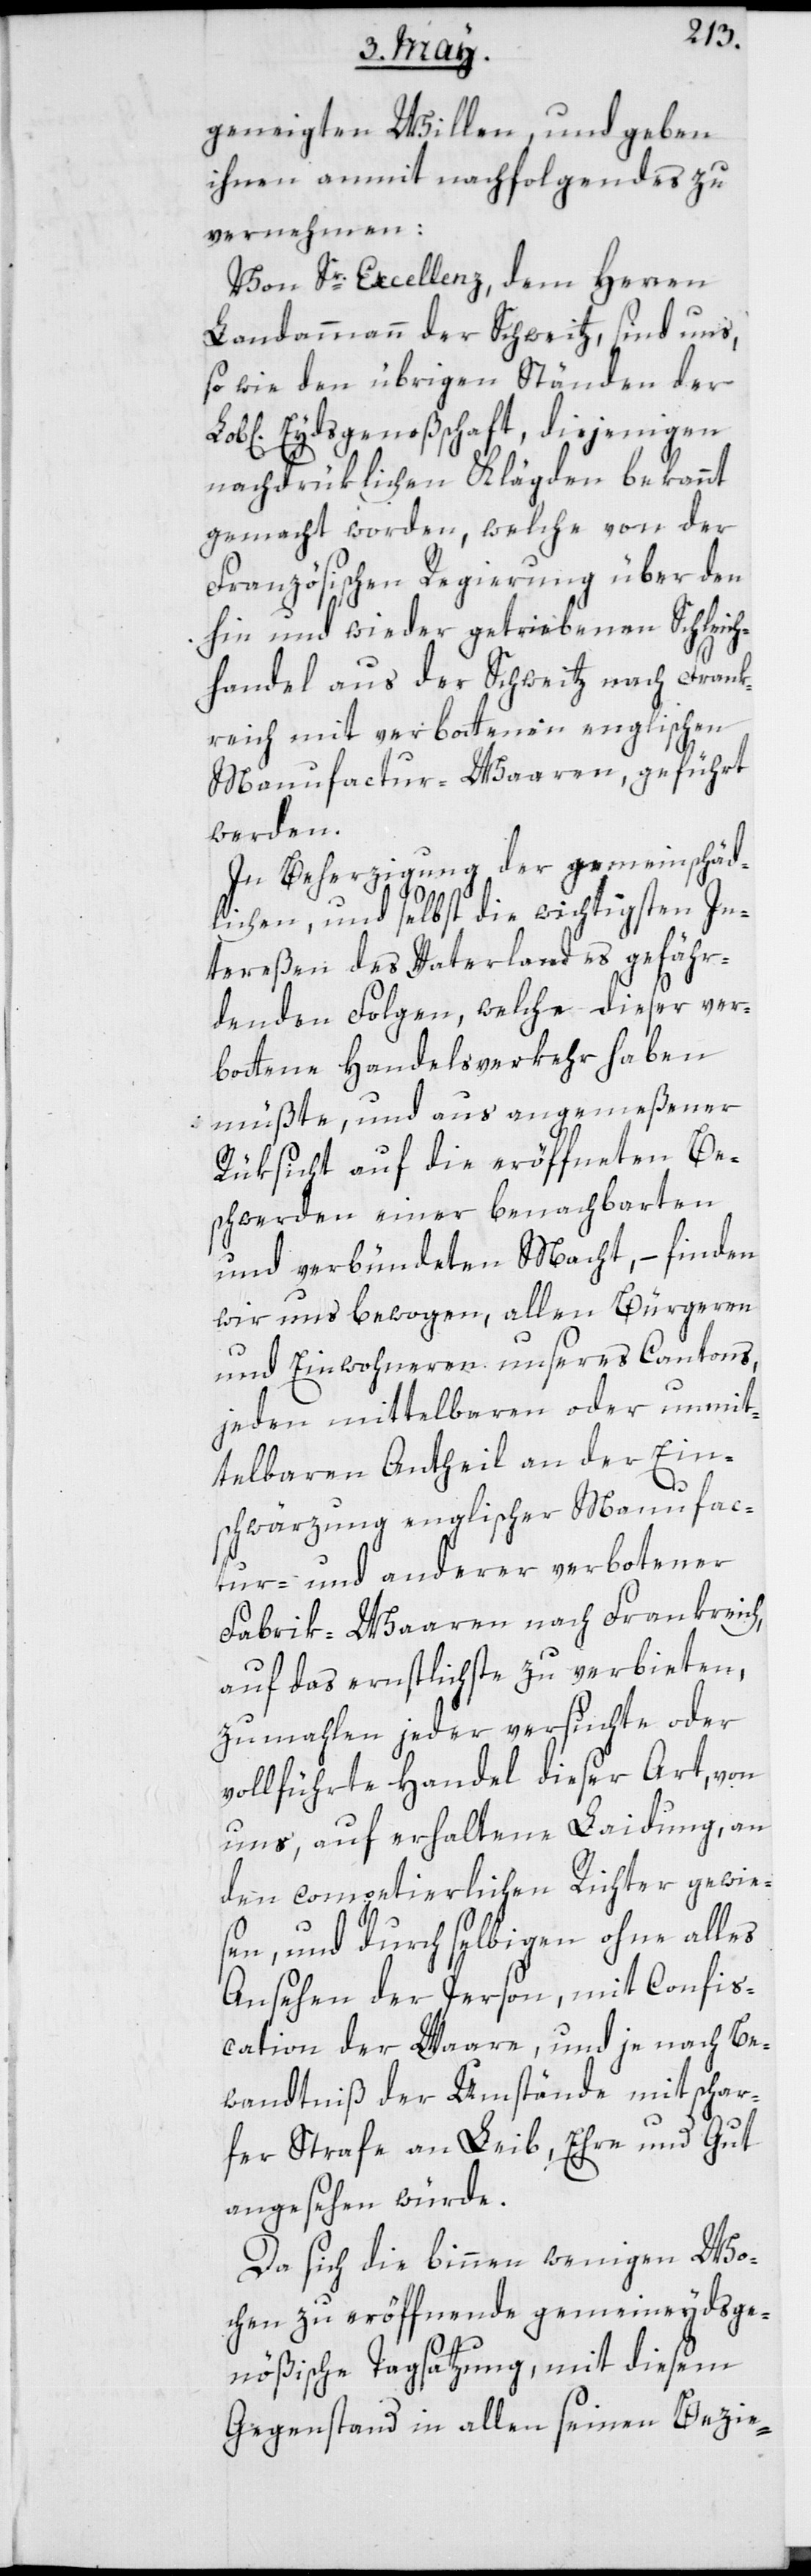
geneigten Willen und geben
ihnen anmit nachfolgendes zu
vernehmen:
Von Sr. Excellenz, dem Herren
Landammann der Schweitz, sind uns,
so wie den übrigen Ständen der
Eydsgenoßenschaft, diejenigen
nachdrüklichen Klägden bekannt
gemacht worden, welche von der
Französischen Regierung über den
hin und wieder getriebenen Schleich¬
handel aus der Schweitz nach Frank¬
reich mit verbottenen englischen
Manufactur-Waaren, geführt
werden.
In Beherzigung der gemeinschäd¬
lichen, und selbst die wichtigsten In¬
tereßen des Vaterlandes gefähr¬
denden Folgen, welche dieser ver¬
bottene Handelsverkehr haben
müßte, und aus angemeßener
Rüksicht auf die eröffneten Be¬
schwerden einer benachbarten
und verbündeten Macht, – finden
wir uns bewogen, allen Bürgeren
und Einwohneren unseres Cantons,
jeden mittelbaren oder unmit¬
telbaren Antheil an der Ein¬
schwärzung englischer Manufac¬
tur- und anderer verbotener
Fabrik-Waaren nach Frankreich,
auf das ernstlichste zu verbieten,
zumahlen jeder versuchte oder
vollführte Handel dieser Art, von
uns, auf erhaltene Laidung, an
den competierlichen Richter gewie¬
sen, und durch selbigen ohne alles
Ansehen der Person, mit Confis¬
cation der Ware, und je nach Be¬
wandtniß der Umstände mit schar¬
fer Strafe an Leib, Ehre und Gut
angesehen würde.
Da sich die binnen wenigen Wo¬
chen zu eröffnende gemeineydsge¬
nößische Tagsatzung, mit diesem
Gegenstand in allen seinen Bezie-